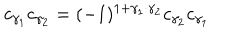
c _ { \gamma _ { 1 } } c _ { \gamma _ { 2 } } = ( - 1 ) ^ { 1 + \gamma _ { 1 } \cdot \gamma _ { 2 } } c _ { \gamma _ { 2 } } c _ { \gamma _ { 1 } }